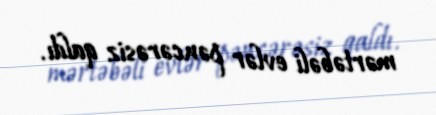
mərtəbəli evlər pəncərəsiz qaldı.